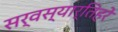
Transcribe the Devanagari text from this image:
सर्वस्यार्तिहरे